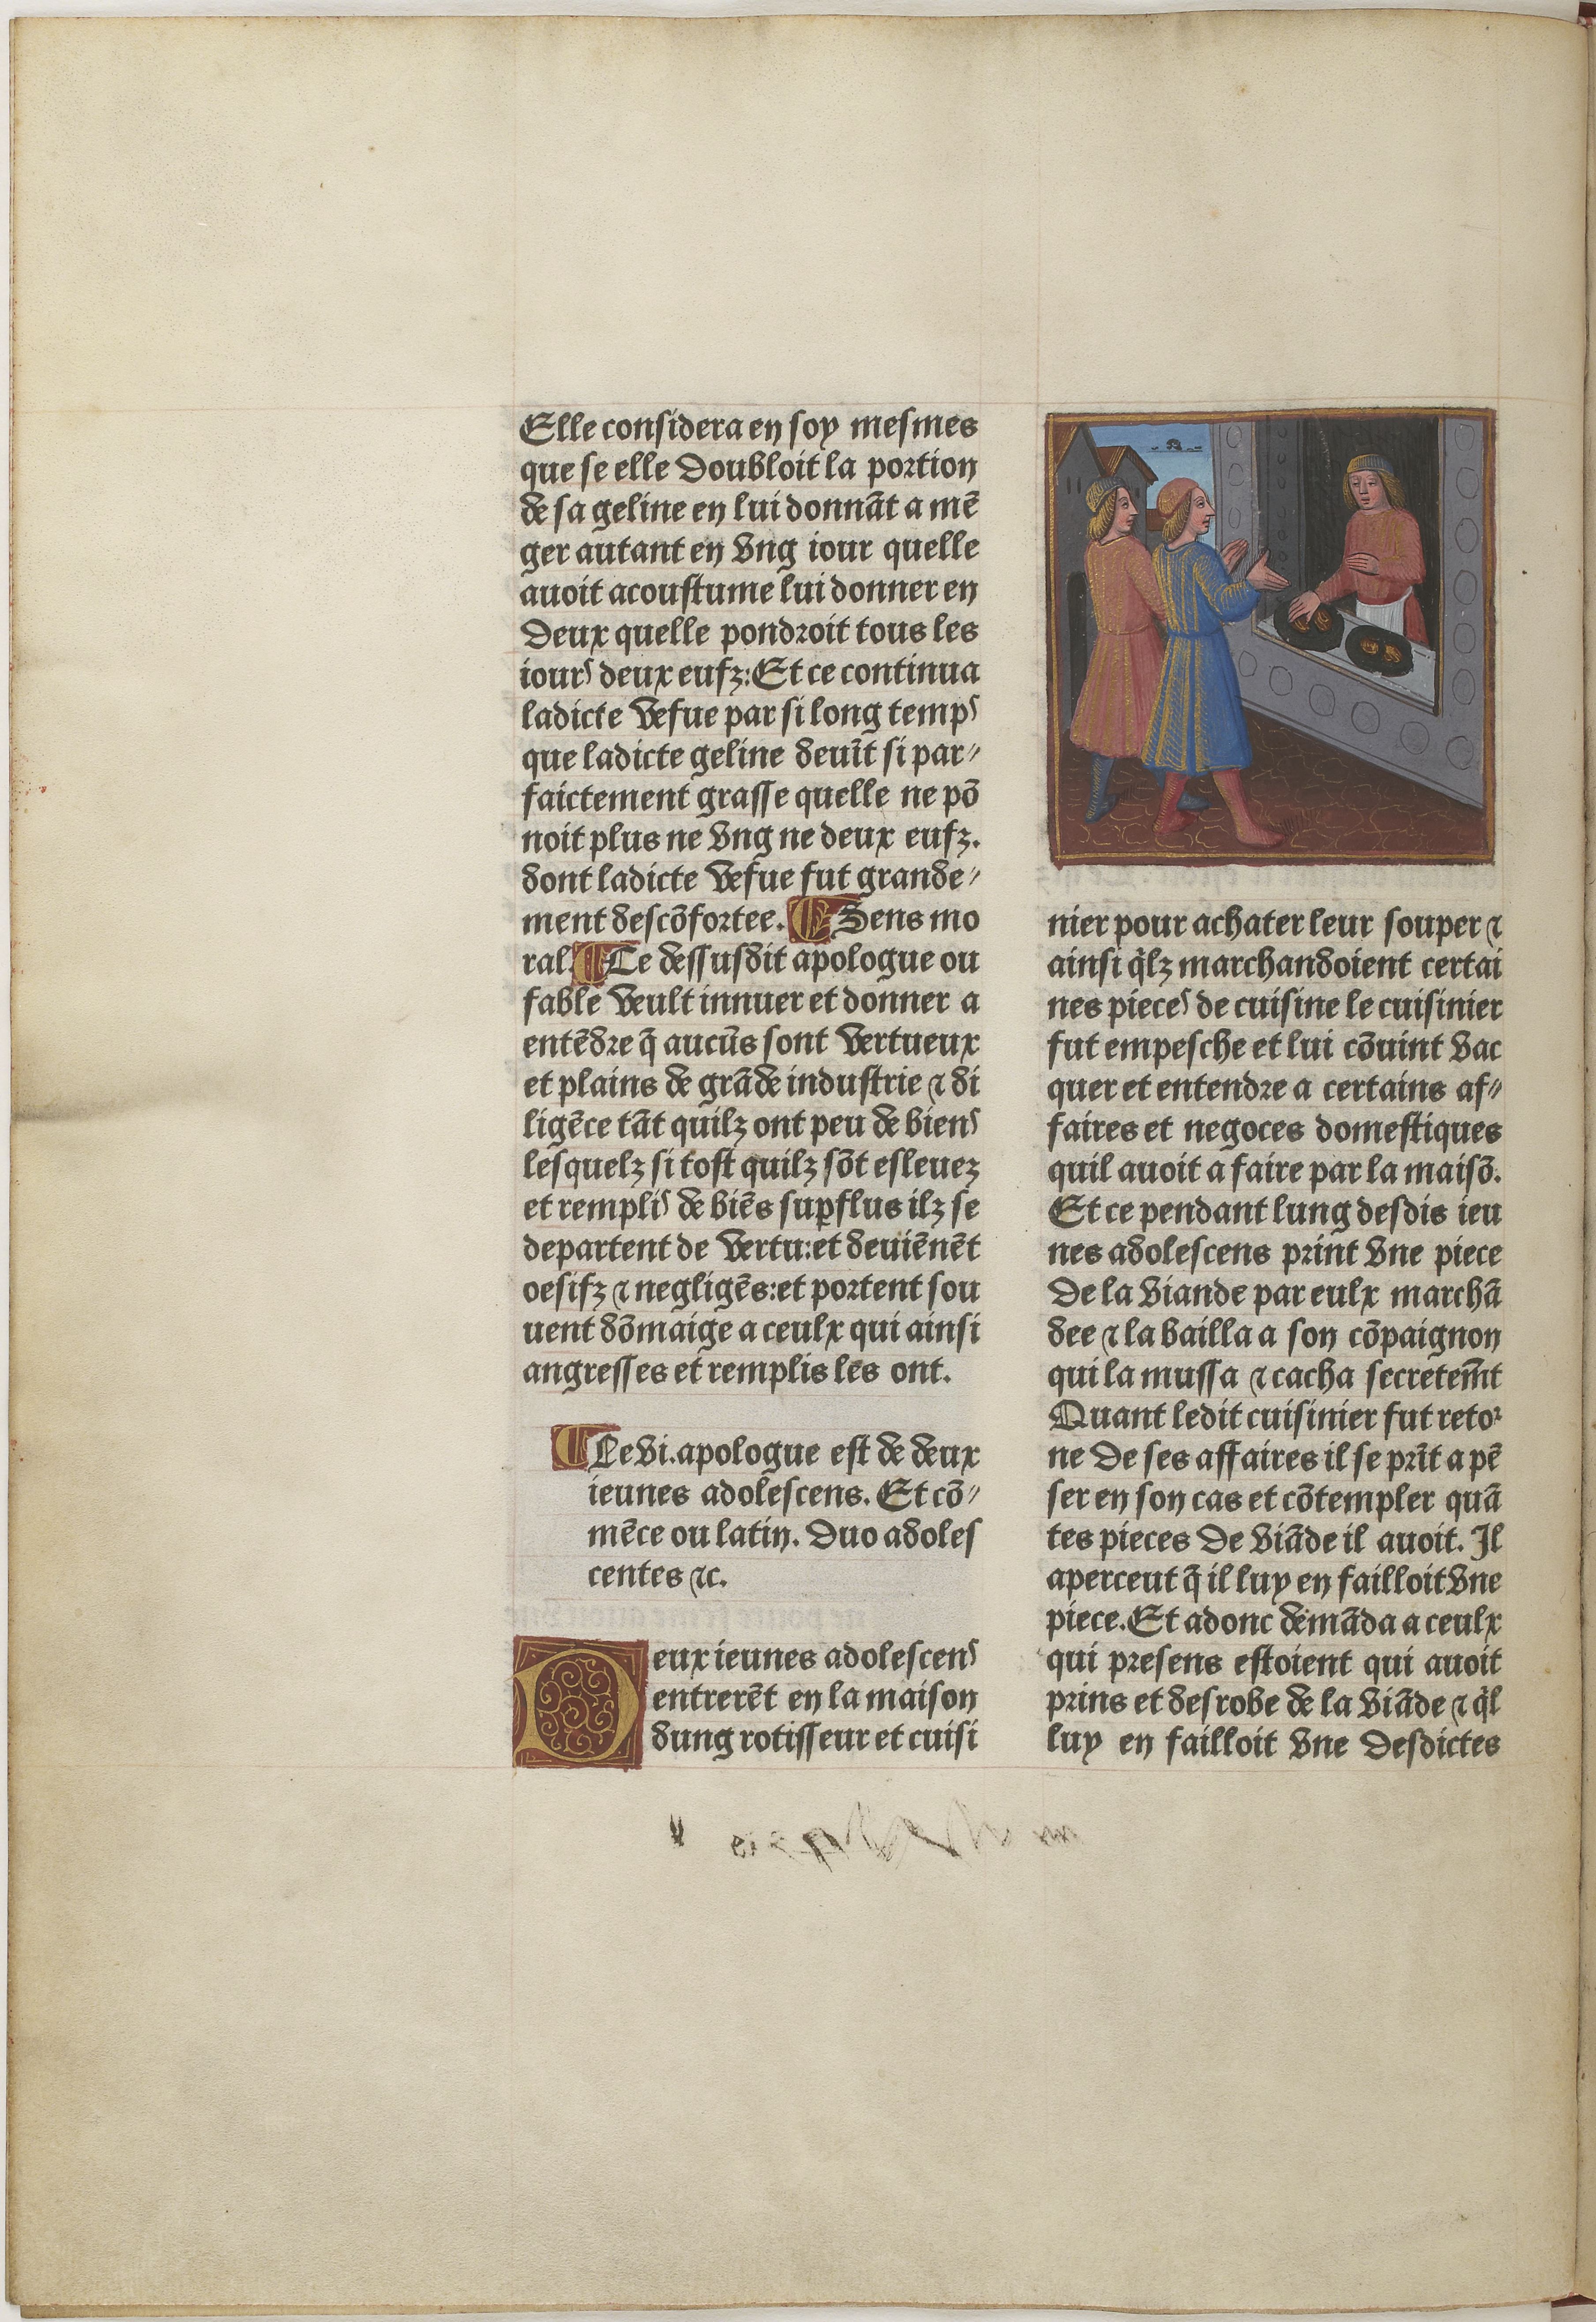
Shelfmark: Paris, BnF, Velins 611
Century: 15